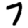
Digit: 7